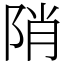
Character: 陗